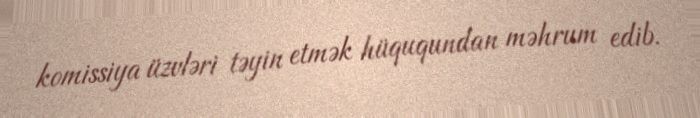
komissiya üzvləri təyin etmək hüququndan məhrum edib.